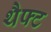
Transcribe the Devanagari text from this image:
थैफ्ट